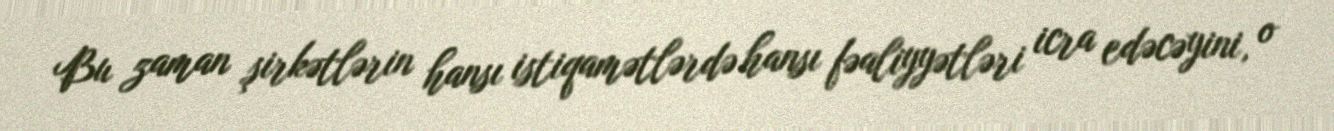
Bu zaman şirkətlərin hansı istiqamətlərdə hansı fəaliyyətləri icra edəcəyini, o